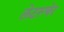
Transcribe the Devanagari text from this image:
लेटस्चेर